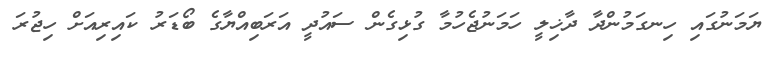
ޔަމަނުގައި ހިނގަމުންދާ ދާޚިލީ ހަމަނުޖެހުމާ ގުޅިގެން ސައުދީ އަރަބިއްޔާގެ ބޯޑަރު ކައިރިއަށް ހިޖުރަ